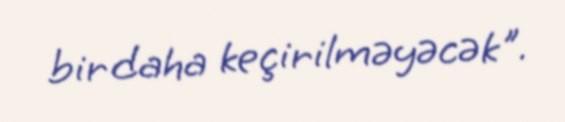
bir daha keçirilməyəcək".